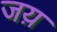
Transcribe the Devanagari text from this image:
जय़